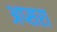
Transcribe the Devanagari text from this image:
अप्‍सरा